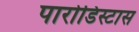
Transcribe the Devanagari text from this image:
पारोडिस्टास